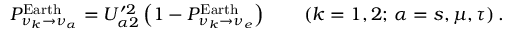
P _ { \nu _ { k } \to \nu _ { \alpha } } ^ { \mathrm { E a r t h } } = U _ { \alpha 2 } ^ { \prime 2 } \left( 1 - P _ { \nu _ { k } \to \nu _ { e } } ^ { \mathrm { E a r t h } } \right) \qquad ( k = 1 , 2 ; \, \alpha = s , \mu , \tau ) \, .